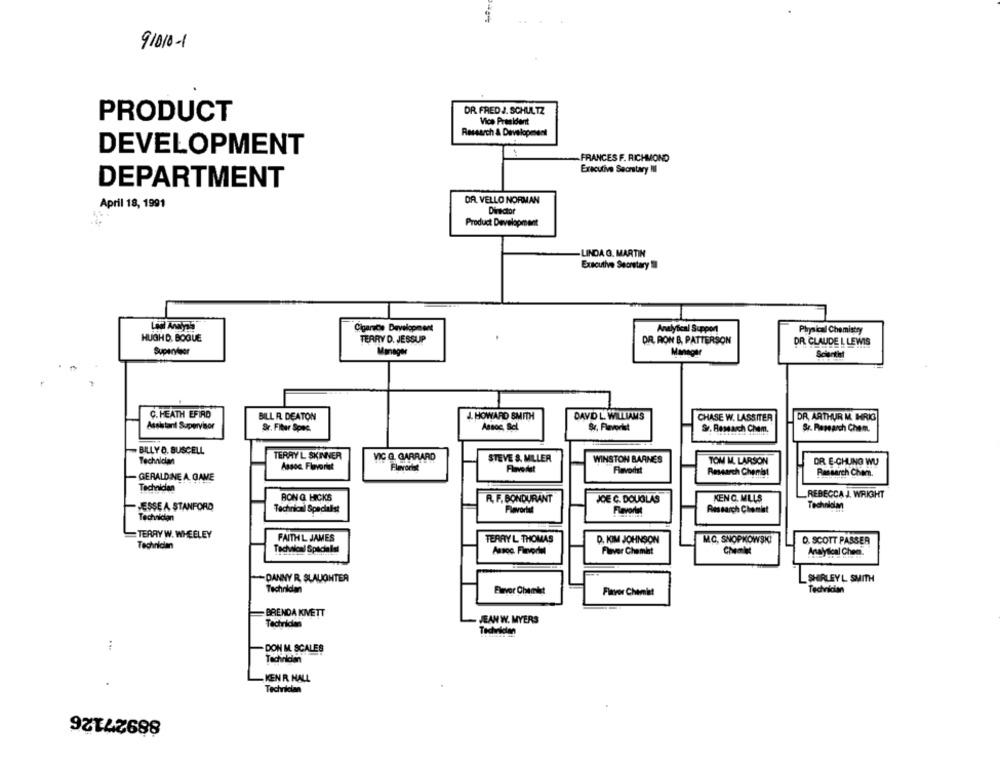
91010-1
DR FRED J. SCHULTZ
PRODUCT
Vice President
Research & Developesent
DEVELOPMENT
-FRANCES F. RICHMOND
Executive Secretary III
DEPARTMENT
DA. VELLO NORMAN
April 18, 1991
Director
Product Development
LINDA G. MARTIN
Executive Secretary Il
Cigarette Development
Analytical Support
Physical Chemistry
HUGH D, BOQUE
TERRY D. JESSUP
DR. RON B. PATTERSON
DR. CLAUDE L LEWIS
Supervisor
Manager
Manager
Scientist
Ç. HEATH EFİRD
BILL R. DEATON
J. HOWARD SMITH
DAVID L. WILLIAM'S
CHASE W. LASSITER
DR, ARTHUR M. HRIG
Assistant Supervisor
Sr. Fitur Spec.
Aance, Sel
Sr, Flavorhet
Sr. Research Chem.
Sr. Research Chem.
BILLY D. BUSCELL
Technician
TERRY L SKINNVER
VIC G. GARRARD
STEVE &. MILLER
WINSTON BARNES
TOM M. LARSON
OR E-CHUNG WU
Assoc Flavorist
Flavorist
GERALDINE A. GAME
Flavorist
Research Chemist
Rassarch Chom.
Technician
BON G. HICKS
R. F. BONDURANT
JOE C. DOUGLAS
KENC. MILLS
REBECCA J. WRIGHT
- JESSE A STANFORD
Technical Specialist
Fløvorial
Flavorin
Research Chemit
Technician
TERRY W. WHEELEY
FAITH L JAMES
TERRY L THOMAS
D. KIM JOHNSON
M.C. SNOPKOWSKI
D. SCOTT PASSER
Technician
Technical Specialist
Assoc. Firvorial
Flavor Chemist
Chalet
Analytical Chem.
DANNY R. SLAUGHTER
SHIRLEY L SMITH
Technikdan
Technician
Bevor Chemist
Flavor Chemist
BRENDA KIVETT
Technician
JEAN W. MYERS
Technician
:
DON M. SCALES
Technician
KEN R HALL
Technician
88927126